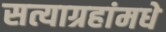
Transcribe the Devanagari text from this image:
सत्याग्रहांमधे